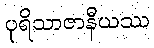
ပုရိသာဇာနီယဿ